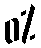
0%